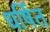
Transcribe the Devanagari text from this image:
धर्षित